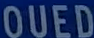
OUED